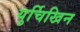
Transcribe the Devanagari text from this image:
युर्चिखिन